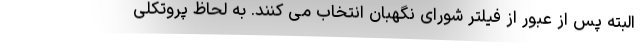
البته پس از عبور از فیلتر شورای نگهبان انتخاب می کنند. به لحاظ پروتکلی